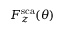
F _ { z } ^ { \mathrm { s c a } } ( \theta )